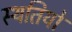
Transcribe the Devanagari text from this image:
स्‍थतियों